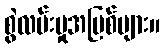
စွဲလမ်းမှုအပြစ်များ။